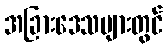
အခြားဒေသများတွင်